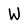
Character: W